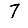
Digit: 7